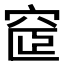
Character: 𥦪